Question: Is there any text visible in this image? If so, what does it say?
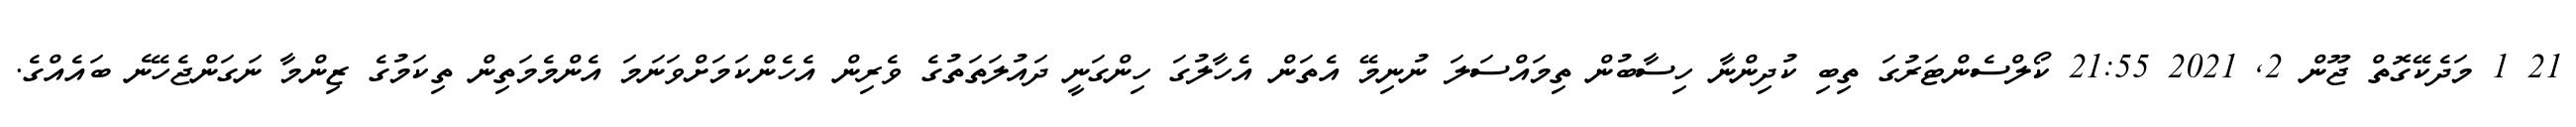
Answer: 21 1 މަދެކޭގޮތް ޖޫން 2, 2021 21:55 ކޯލްސެންޓަރުގަ ތިބި ކުދިންނާ ހިސާބުން ތިމައްސަލަ ނުނިމޭ އެތަން އެހާލުގަ ހިންގަނީ ދައުލަތަތުގެ ވެރިން އެހެންކަމަށްވަނަމަ އެންމެމަތިން ތިކަމުގެ ޒިންމާ ނަގަންޖެހޭނެ ބައެއްގެ.